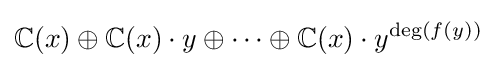
\mathbb {C} (x)\oplus \mathbb {C} (x)\cdot y\oplus \cdots \oplus \mathbb {C} (x)\cdot y^{{\text{deg}}(f(y))}